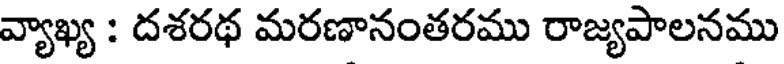
వ్యాఖ్య : దశరథ మరణానంతరము రాజ్యపాలనము